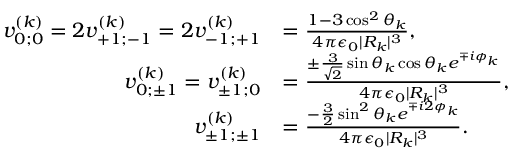
\begin{array} { r l } { v _ { 0 ; 0 } ^ { ( k ) } = 2 v _ { + 1 ; - 1 } ^ { ( k ) } = 2 v _ { - 1 ; + 1 } ^ { ( k ) } } & { = \frac { 1 - 3 \cos ^ { 2 } \theta _ { k } } { 4 \pi \epsilon _ { 0 } | R _ { k } | ^ { 3 } } , } \\ { v _ { 0 ; \pm 1 } ^ { ( k ) } = v _ { \pm 1 ; 0 } ^ { ( k ) } } & { = \frac { \pm \frac { 3 } { \sqrt { 2 } } \sin \theta _ { k } \cos \theta _ { k } e ^ { \mp i \phi _ { k } } } { 4 \pi \epsilon _ { 0 } | R _ { k } | ^ { 3 } } , } \\ { v _ { \pm 1 ; \pm 1 } ^ { ( k ) } } & { = \frac { - \frac { 3 } { 2 } \sin ^ { 2 } \theta _ { k } e ^ { \mp i 2 \phi _ { k } } } { 4 \pi \epsilon _ { 0 } | R _ { k } | ^ { 3 } } . } \end{array}